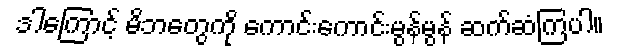
ဒါကြောင့် မိဘတွေကို ကောင်းကောင်းမွန်မွန် ဆက်ဆံကြပါ။